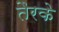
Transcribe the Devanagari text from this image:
तैरके